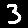
Digit: 3